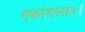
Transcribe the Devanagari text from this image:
एकांगस्नान।